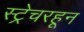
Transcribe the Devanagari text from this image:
स्ट्रेचरहून